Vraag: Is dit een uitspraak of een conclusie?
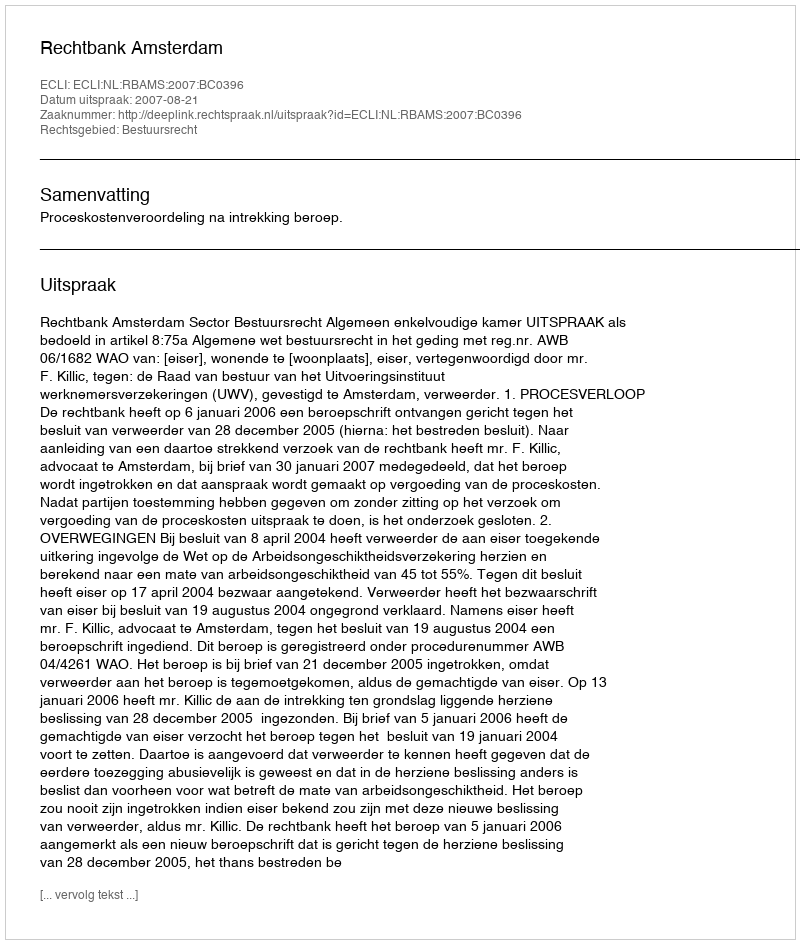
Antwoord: Uitspraak